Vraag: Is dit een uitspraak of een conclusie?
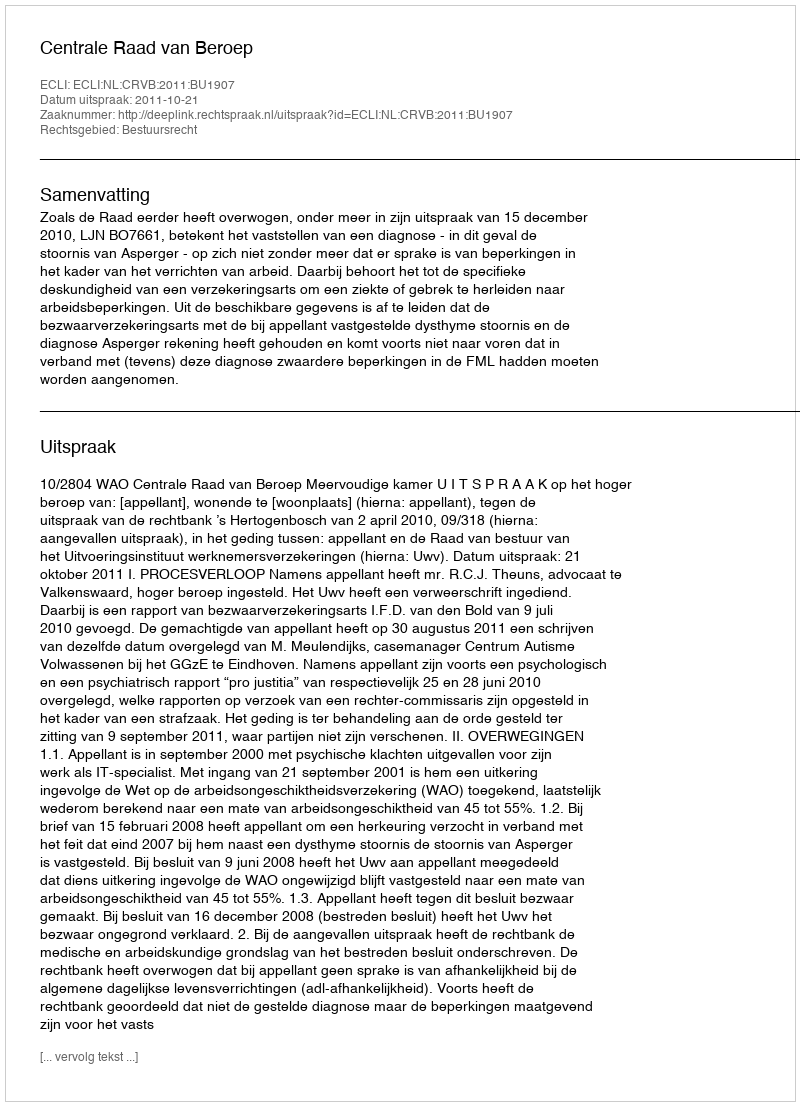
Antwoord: Uitspraak